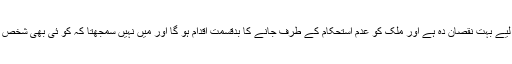
’ اگر ایسا کوئی اقدام کیا گیا تو یہ ملک ک لیے بہت نقصان دہ ہے اور ملک کو عدم استحکام کے طرف جانے کا بدقسمت اقدام ہو گا اور میں نہیں سمجھتا کہ کو ئی بھی شخص یہ سب کچھ جانتے بوجھتے ایسا کرے گا۔